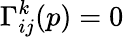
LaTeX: \Gamma_{ij}^{k}(p)=0